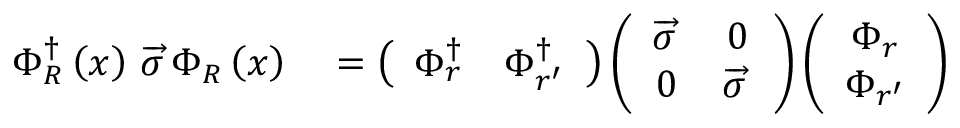
\begin{array} { r l } { \Phi _ { R } ^ { \dag } \left( x \right) \, \overrightarrow { \sigma } \, \Phi _ { R } \left( x \right) } & { { } = \left( \begin{array} { c c } { \Phi _ { r } ^ { \dag } } & { \Phi _ { r ^ { \prime } } ^ { \dag } } \end{array} \right) \left( \begin{array} { c c } { \overrightarrow { \sigma } \, } & { 0 } \\ { 0 } & { \overrightarrow { \sigma } \, } \end{array} \right) \left( \begin{array} { c } { \Phi _ { r } } \\ { \Phi _ { r ^ { \prime } } } \end{array} \right) } \end{array}